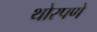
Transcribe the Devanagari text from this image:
थोरपणे